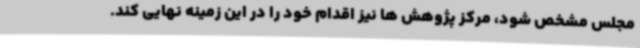
مجلس مشخص شود، مرکز پژوهش ها نیز اقدام خود را در این زمینه نهایی کند.